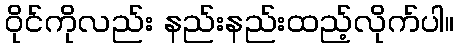
ဝိုင်ကိုလည်း နည်းနည်းထည့်လိုက်ပါ။